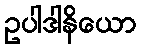
ဥပါဒါနိယော